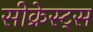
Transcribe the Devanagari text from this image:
सीक्रेस्ट्स